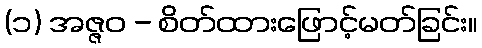
(၁) အဇ္ဇဝ - စိတ်ထားဖြောင့်မတ်ခြင်း။